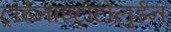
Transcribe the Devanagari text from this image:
ट्राईनाइट्रोटोलुईन